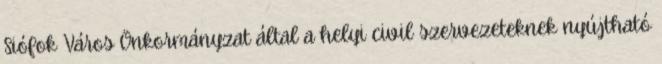
Siófok Város Önkormányzat által a helyi civil szervezeteknek nyújtható